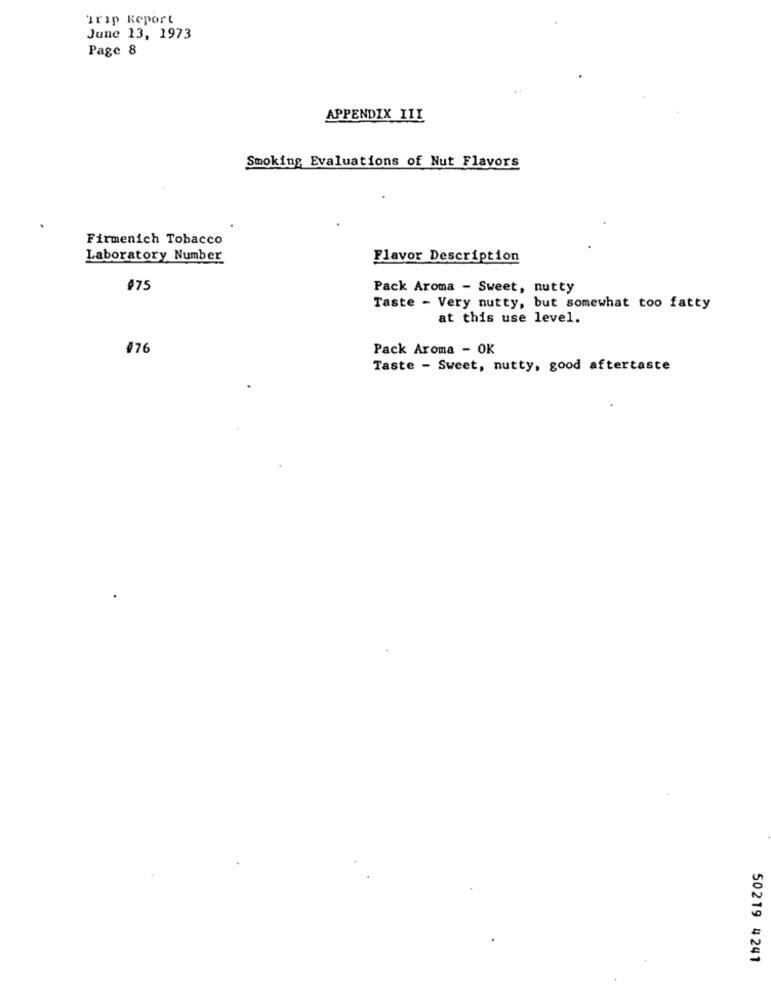
Trip Report
June 13, 1973
Page 8
APPENDIX III
Smoking Evaluations of Nut Flavors
Firmenich Tobacco
Laboratory Number
Flavor Description
Pack Aroma - Sweet, nutty
Taste - Very nutty, but somewhat too fatty
at this use level.
#76
Pack Aroma - OK
Taste - Sweet, nutty, good aftertaste
50219 4241